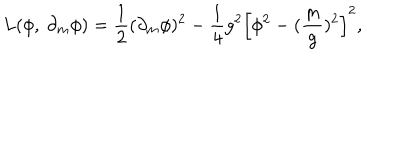
L ( \phi , \ \partial _ { m } \phi ) = \frac { 1 } { 2 } ( \partial _ { m } \phi ) ^ { 2 } - \frac { 1 } { 4 } g ^ { 2 } \Bigl [ \phi ^ { 2 } - ( \frac { m } { g } ) ^ { 2 } \Bigr ] ^ { 2 } ,